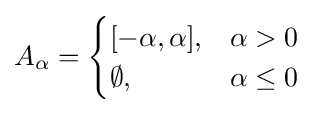
A_{\alpha }={\begin{cases}[-\alpha ,\alpha ],&\alpha >0\\\emptyset ,&\alpha \leq 0\end{cases}}